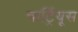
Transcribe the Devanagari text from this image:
चार्ट्रियूस